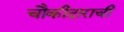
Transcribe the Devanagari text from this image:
चौकीदाराची